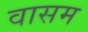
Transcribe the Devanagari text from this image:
वासम